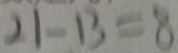
2 1 - 1 3 = 8